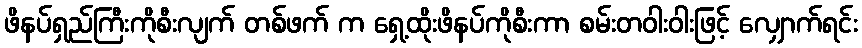
ဖိနပ်ရှည်ကြီးကိုစီးလျက် တစ်ဖက် က ရှေ့ထိုးဖိနပ်ကိုစီးကာ စမ်းတဝါးဝါးဖြင့် လျှောက်ရင်း